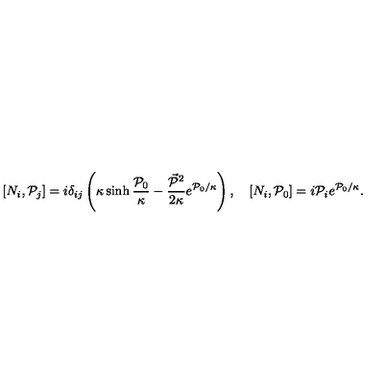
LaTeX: [ N _ { i } , { \cal P } _ { j } ] = i \delta _ { i j } \left( \kappa \sinh \frac { { \cal P } _ { 0 } } \kappa - \frac { \vec { { \cal P } } { } ^ { 2 } } { 2 \kappa } e ^ { { \cal P } _ { 0 } / \kappa } \right) , \quad [ N _ { i } , { \cal P } _ { 0 } ] = i { \cal P } _ { i } e ^ { { \cal P } _ { 0 } / \kappa } .